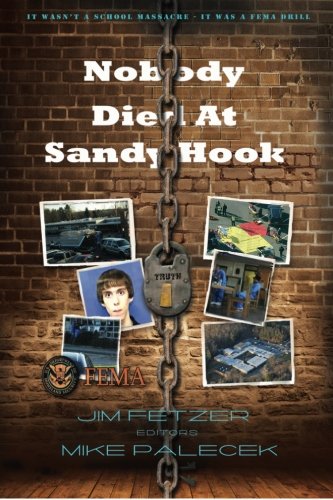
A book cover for Nobody Died At Sandy Hook: It wasn't a School Massacre. It was a FEMA drill. (Moon Rock Books) (Volume 3); Jim Fetzer Ph.D.; Biographies & Memoirs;